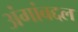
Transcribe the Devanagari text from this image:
अंगांबद्दल